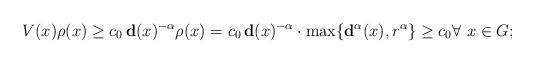
LaTeX: \begin{align*} V(x)\rho(x)\geq c_0\,\mathbf{d}(x)^{-\alpha}\rho(x) = c_0\,\mathbf{d}(x)^{-\alpha}\cdot\max\{\mathbf{d}^\alpha(x),r^\alpha\}\geq c_0 \forall\,\,x\in G; \end{align*}